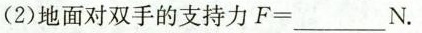
(2)地面对双手的支持力$$F = ___ N$$.